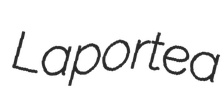
Laportea